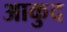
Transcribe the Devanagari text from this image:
आकुद